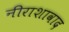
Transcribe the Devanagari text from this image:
नीराशावाद